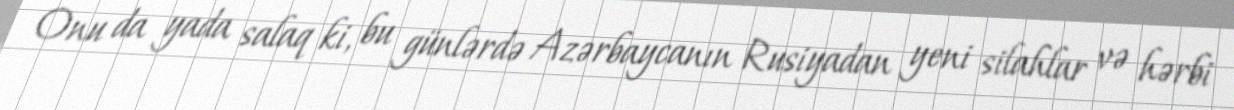
Onu da yada salaq ki, bu günlərdə Azərbaycanın Rusiyadan yeni silahlar və hərbi